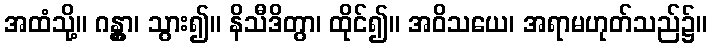
အထံသို့။ ဂန္တွာ၊ သွား၍။ နိသီဒိတွာ၊ ထိုင်၍။ အဝိသယေ၊ အရာမဟုတ်သည်၌။